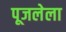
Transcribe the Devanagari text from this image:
पूजलेला